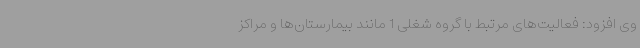
وی افزود: فعالیت‌های مرتبط با گروه شغلی 1 مانند بیمارستان‌ها و مراکز